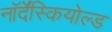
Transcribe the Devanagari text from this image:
नॉर्देंस्कियोल्ड